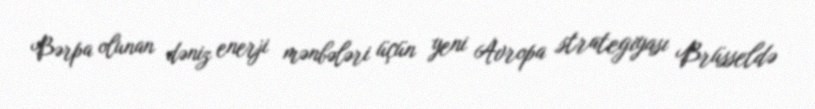
Bərpa olunan dəniz enerji mənbələri üçün yeni Avropa strategiyası Brüsseldə